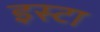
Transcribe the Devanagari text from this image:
इस्टा